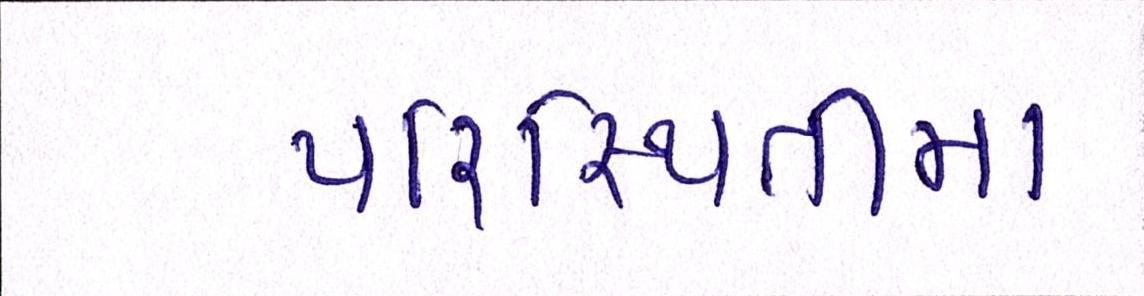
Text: પરિસ્થિતીમા